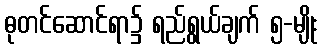
ဓုတင်ဆောင်ရာ၌ ရည်ရွယ်ချက် ၅-မျိုး